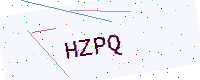
Text: HZPQ